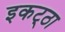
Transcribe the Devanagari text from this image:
इकट्‌ठा